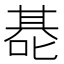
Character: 𰈑